DOW-UAP-D74, Mission Report, Syria, November 2023
Agency: Department of War
Incident date: 11/9/23
Incident location: Syria
Page 7
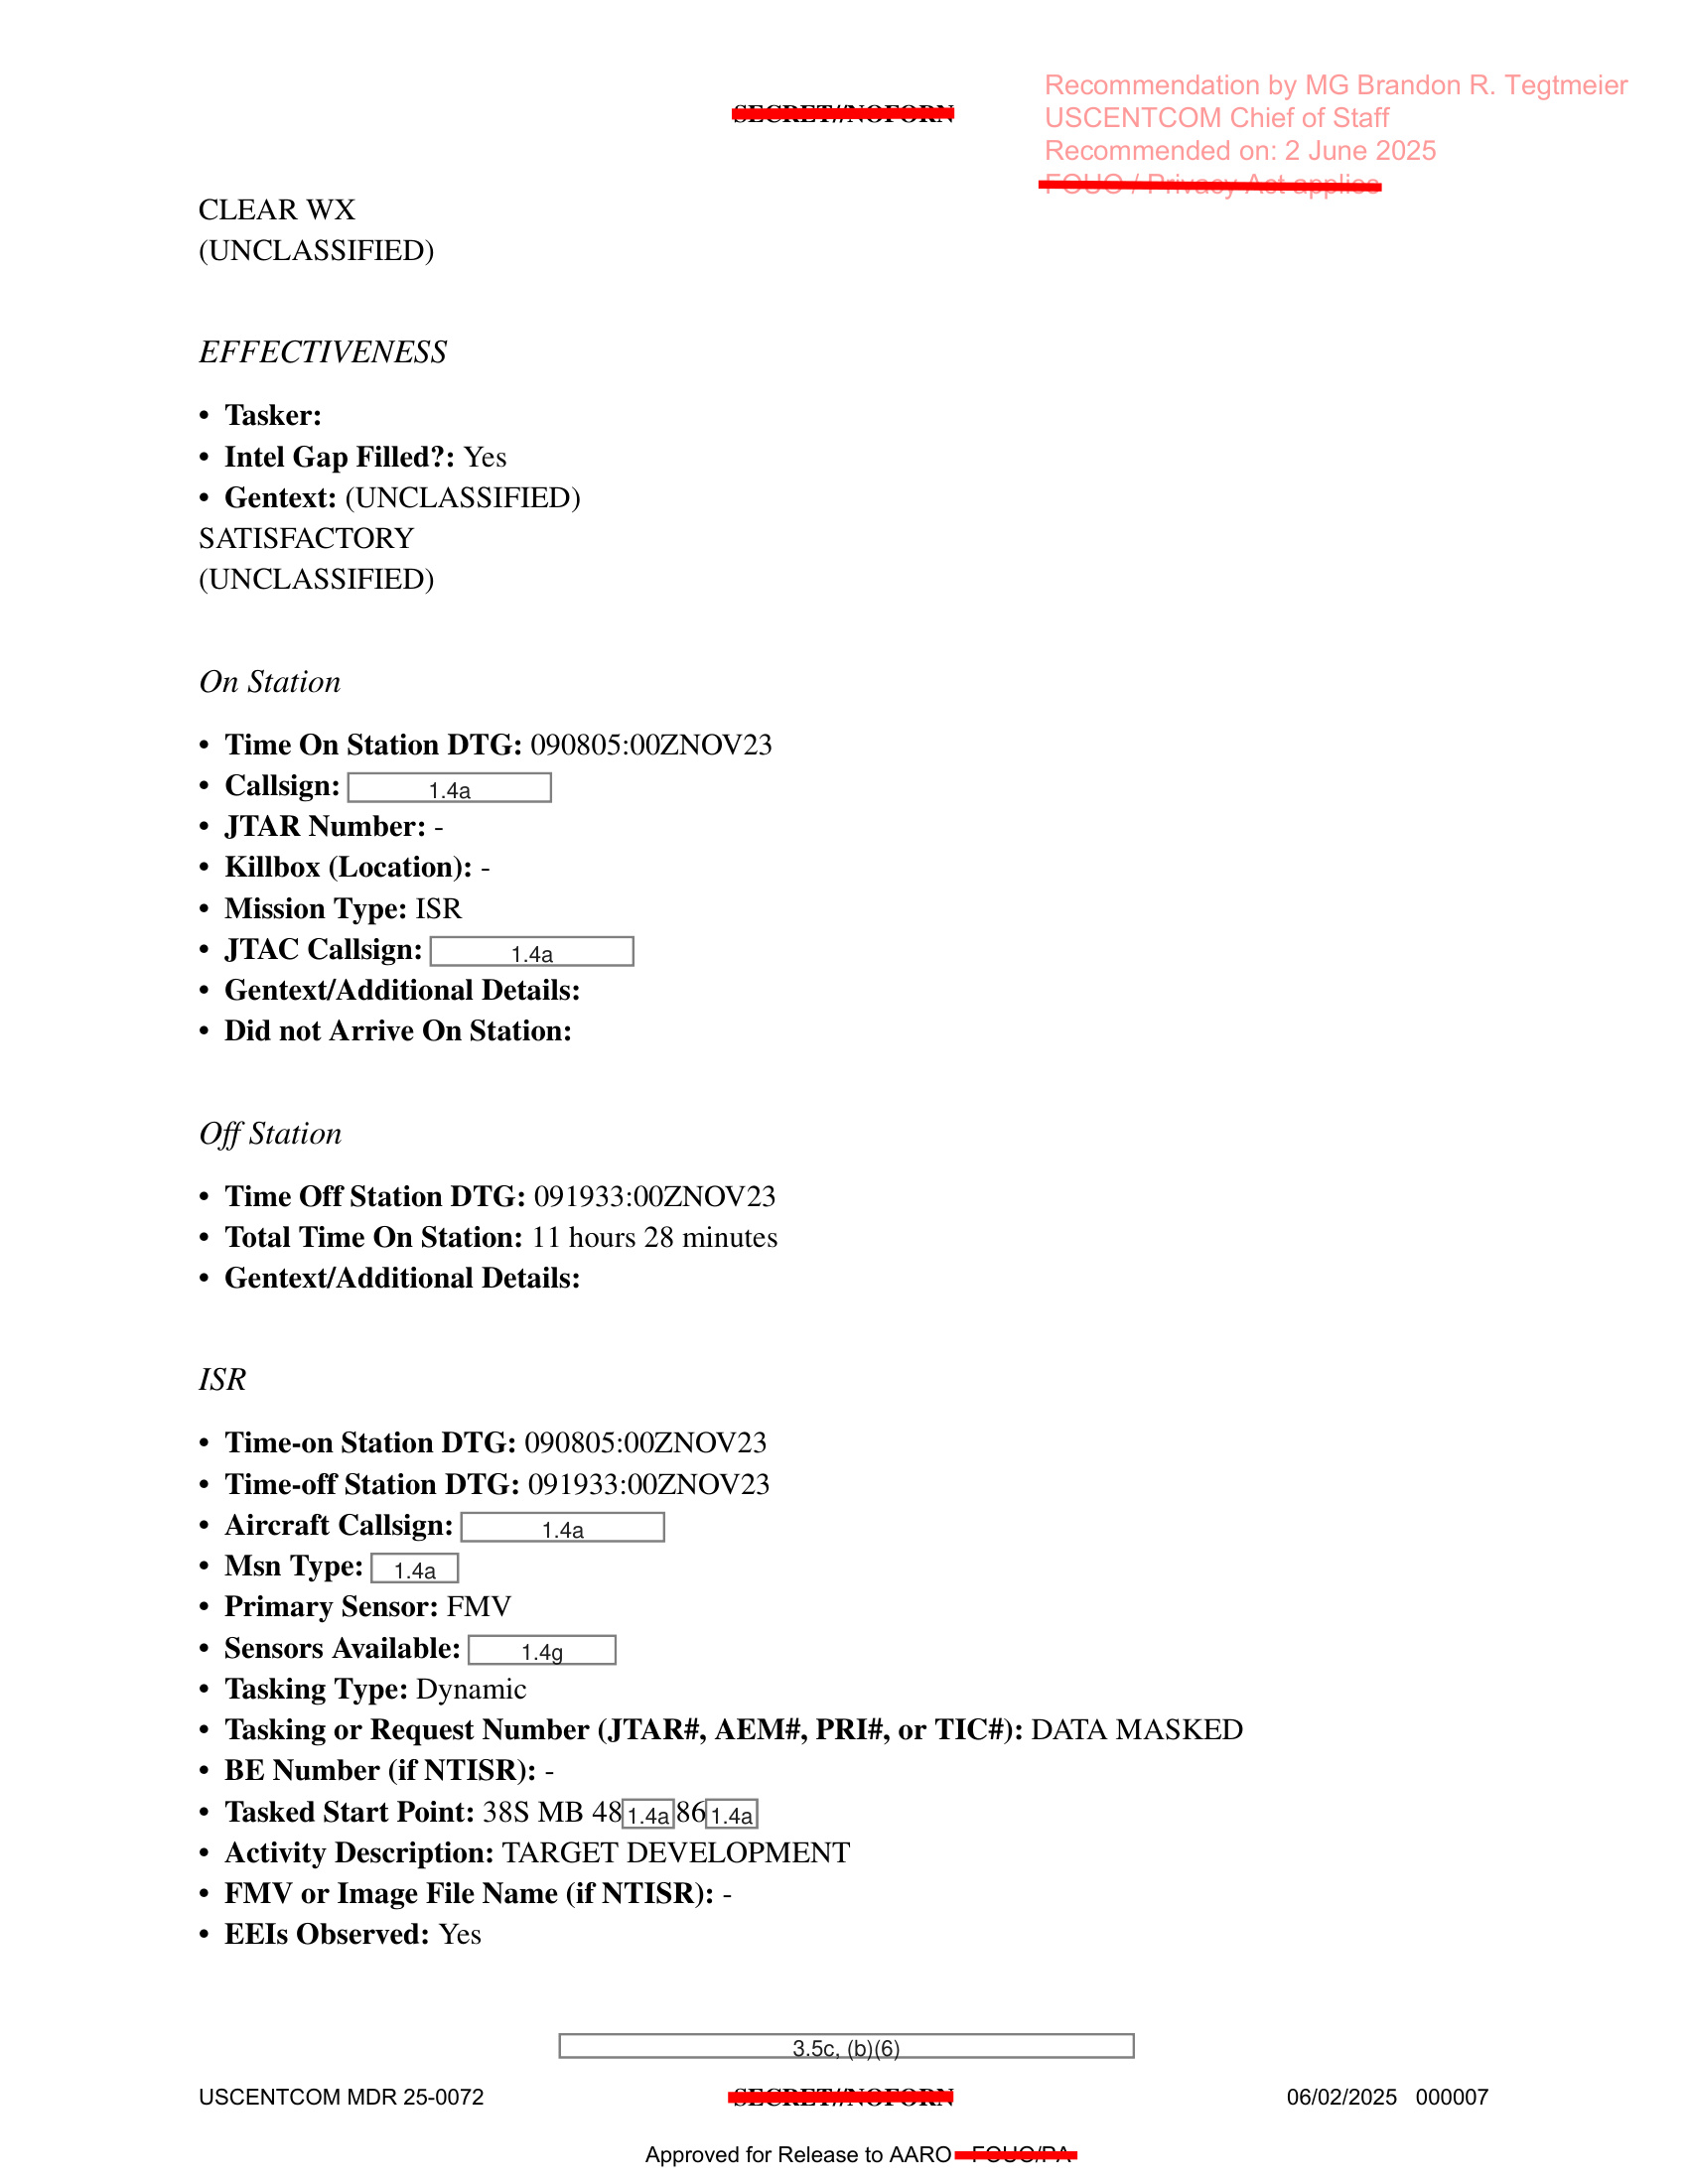